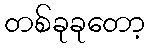
တစ်ခုခုတော့